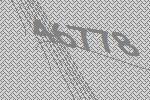
46778